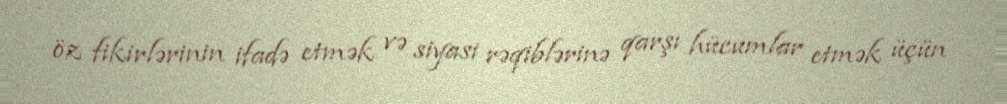
öz fikirlərinin ifadə etmək və siyasi rəqiblərinə qarşı hücumlar etmək üçün